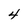
Character: 4